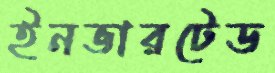
ইনভারটেড